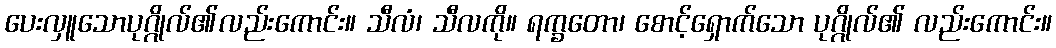
ပေးလှူသောပုဂ္ဂိုလ်၏လည်းကောင်း။ သီလံ၊ သီလကို။ ရက္ခတော၊ စောင့်ရှောက်သော ပုဂ္ဂိုလ်၏ လည်းကောင်း။